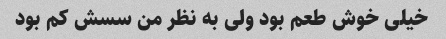
خیلی خوش طعم بود ولی به نظر من سسش کم بود